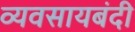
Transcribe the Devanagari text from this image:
व्यवसायबंदी